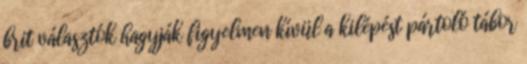
brit választók hagyják figyelmen kívül a kilépést pártoló tábor